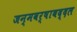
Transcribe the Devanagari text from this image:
जन्मवर्षाबद्दल